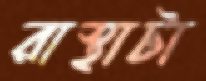
রাস্থাটা